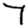
Digit: 7